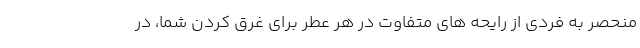
منحصر به فردی از رایحه های متفاوت در هر عطر برای غرق کردن شما، در